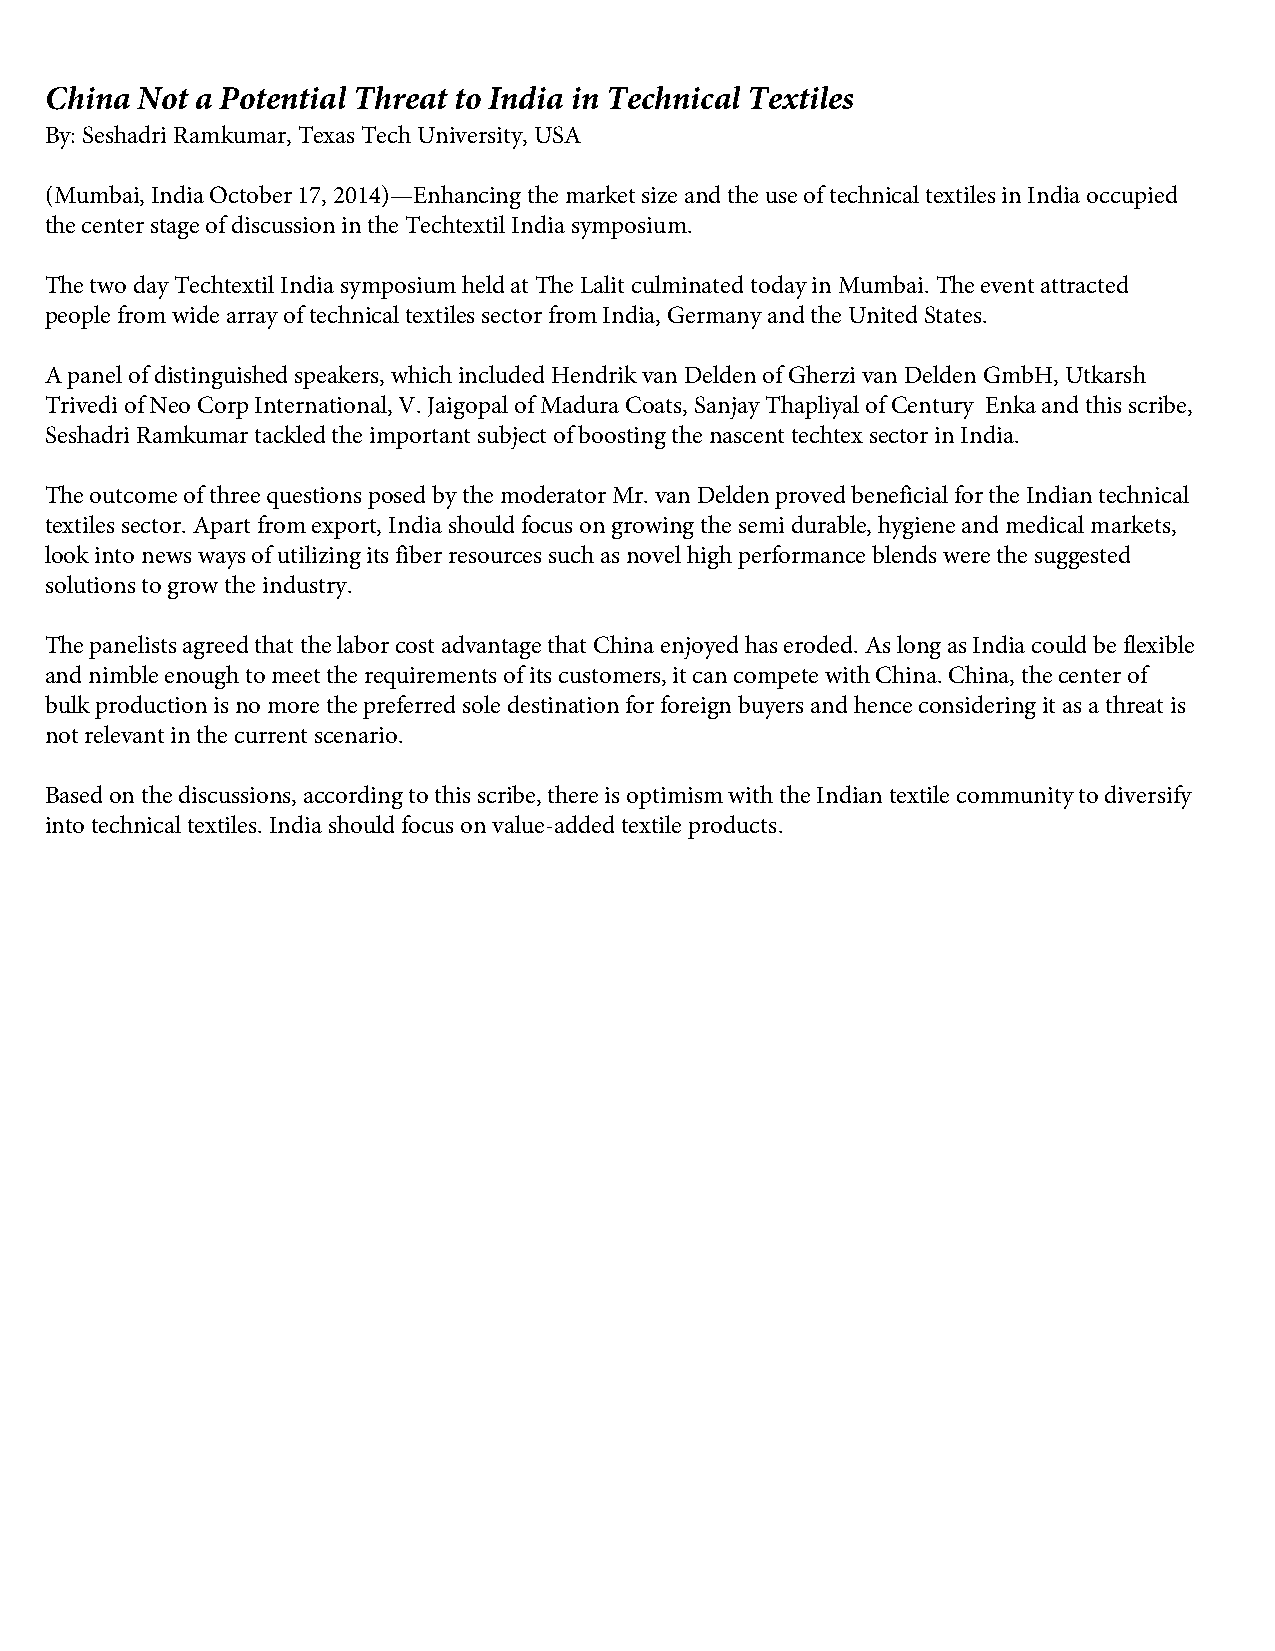
China Not a Potential Threat to India in Technical Textiles
 By: Seshadri Ramkumar, Texas Tech University, USA
 (Mumbai, India October 17, 2014)—Enhancing the market size and the use of technical textiles in India occupied
 the center stage of discussion in the Techtextil India symposium.
 The two day Techtextil India symposium held at The Lalit culminated today in Mumbai. The event attracted
 people from wide array of technical textiles sector from India, Germany and the United States.
 A panel of distinguished speakers, which included Hendrik van Delden of Gherzi van Delden GmbH, Utkarsh
 Trivedi of Neo Corp International, V. Jaigopal of Madura Coats, Sanjay Thapliyal of Century Enka and this scribe,
 Seshadri Ramkumar tackled the important subject of boosting the nascent techtex sector in India.
 The outcome of three questions posed by the moderator Mr. van Delden proved beneficial for the Indian technical
 textiles sector. Apart from export, India should focus on growing the semi durable, hygiene and medical markets,
 look into news ways of utilizing its fiber resources such as novel high performance blends were the suggested
 solutions to grow the industry.
 The panelists agreed that the labor cost advantage that China enjoyed has eroded. As long as India could be flexible
 and nimble enough to meet the requirements of its customers, it can compete with China. China, the center of
 bulk production is no more the preferred sole destination for foreign buyers and hence considering it as a threat is
 not relevant in the current scenario.
 Based on the discussions, according to this scribe, there is optimism with the Indian textile community to diversify
 into technical textiles. India should focus on value-added textile products.